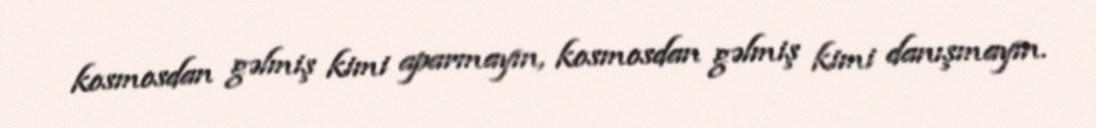
kosmosdan gəlmiş kimi aparmayın, kosmosdan gəlmiş kimi danışmayın.